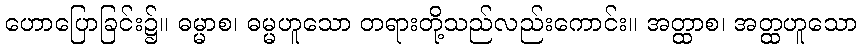
ဟောပြောခြင်း၌။ ဓမ္မာစ၊ ဓမ္မဟူသော တရားတို့သည်လည်းကောင်း။ အတ္ထာစ၊ အတ္ထဟူသော